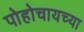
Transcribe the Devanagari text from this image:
पोहोचायच्या